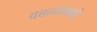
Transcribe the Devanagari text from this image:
वक्तव्यांसाठी